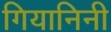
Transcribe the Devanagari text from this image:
गियानिनी